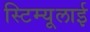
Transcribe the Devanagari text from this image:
स्टिम्यूलाई